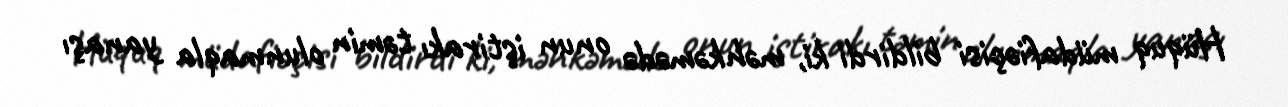
Hüquq müdafiəçisi bildirdi ki, məhkəmədə onun iştirakı təmin olunmaqla yanaşı